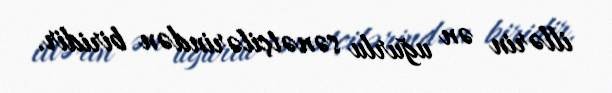
illərin ən uğurlu sənətçilərindən biridir.